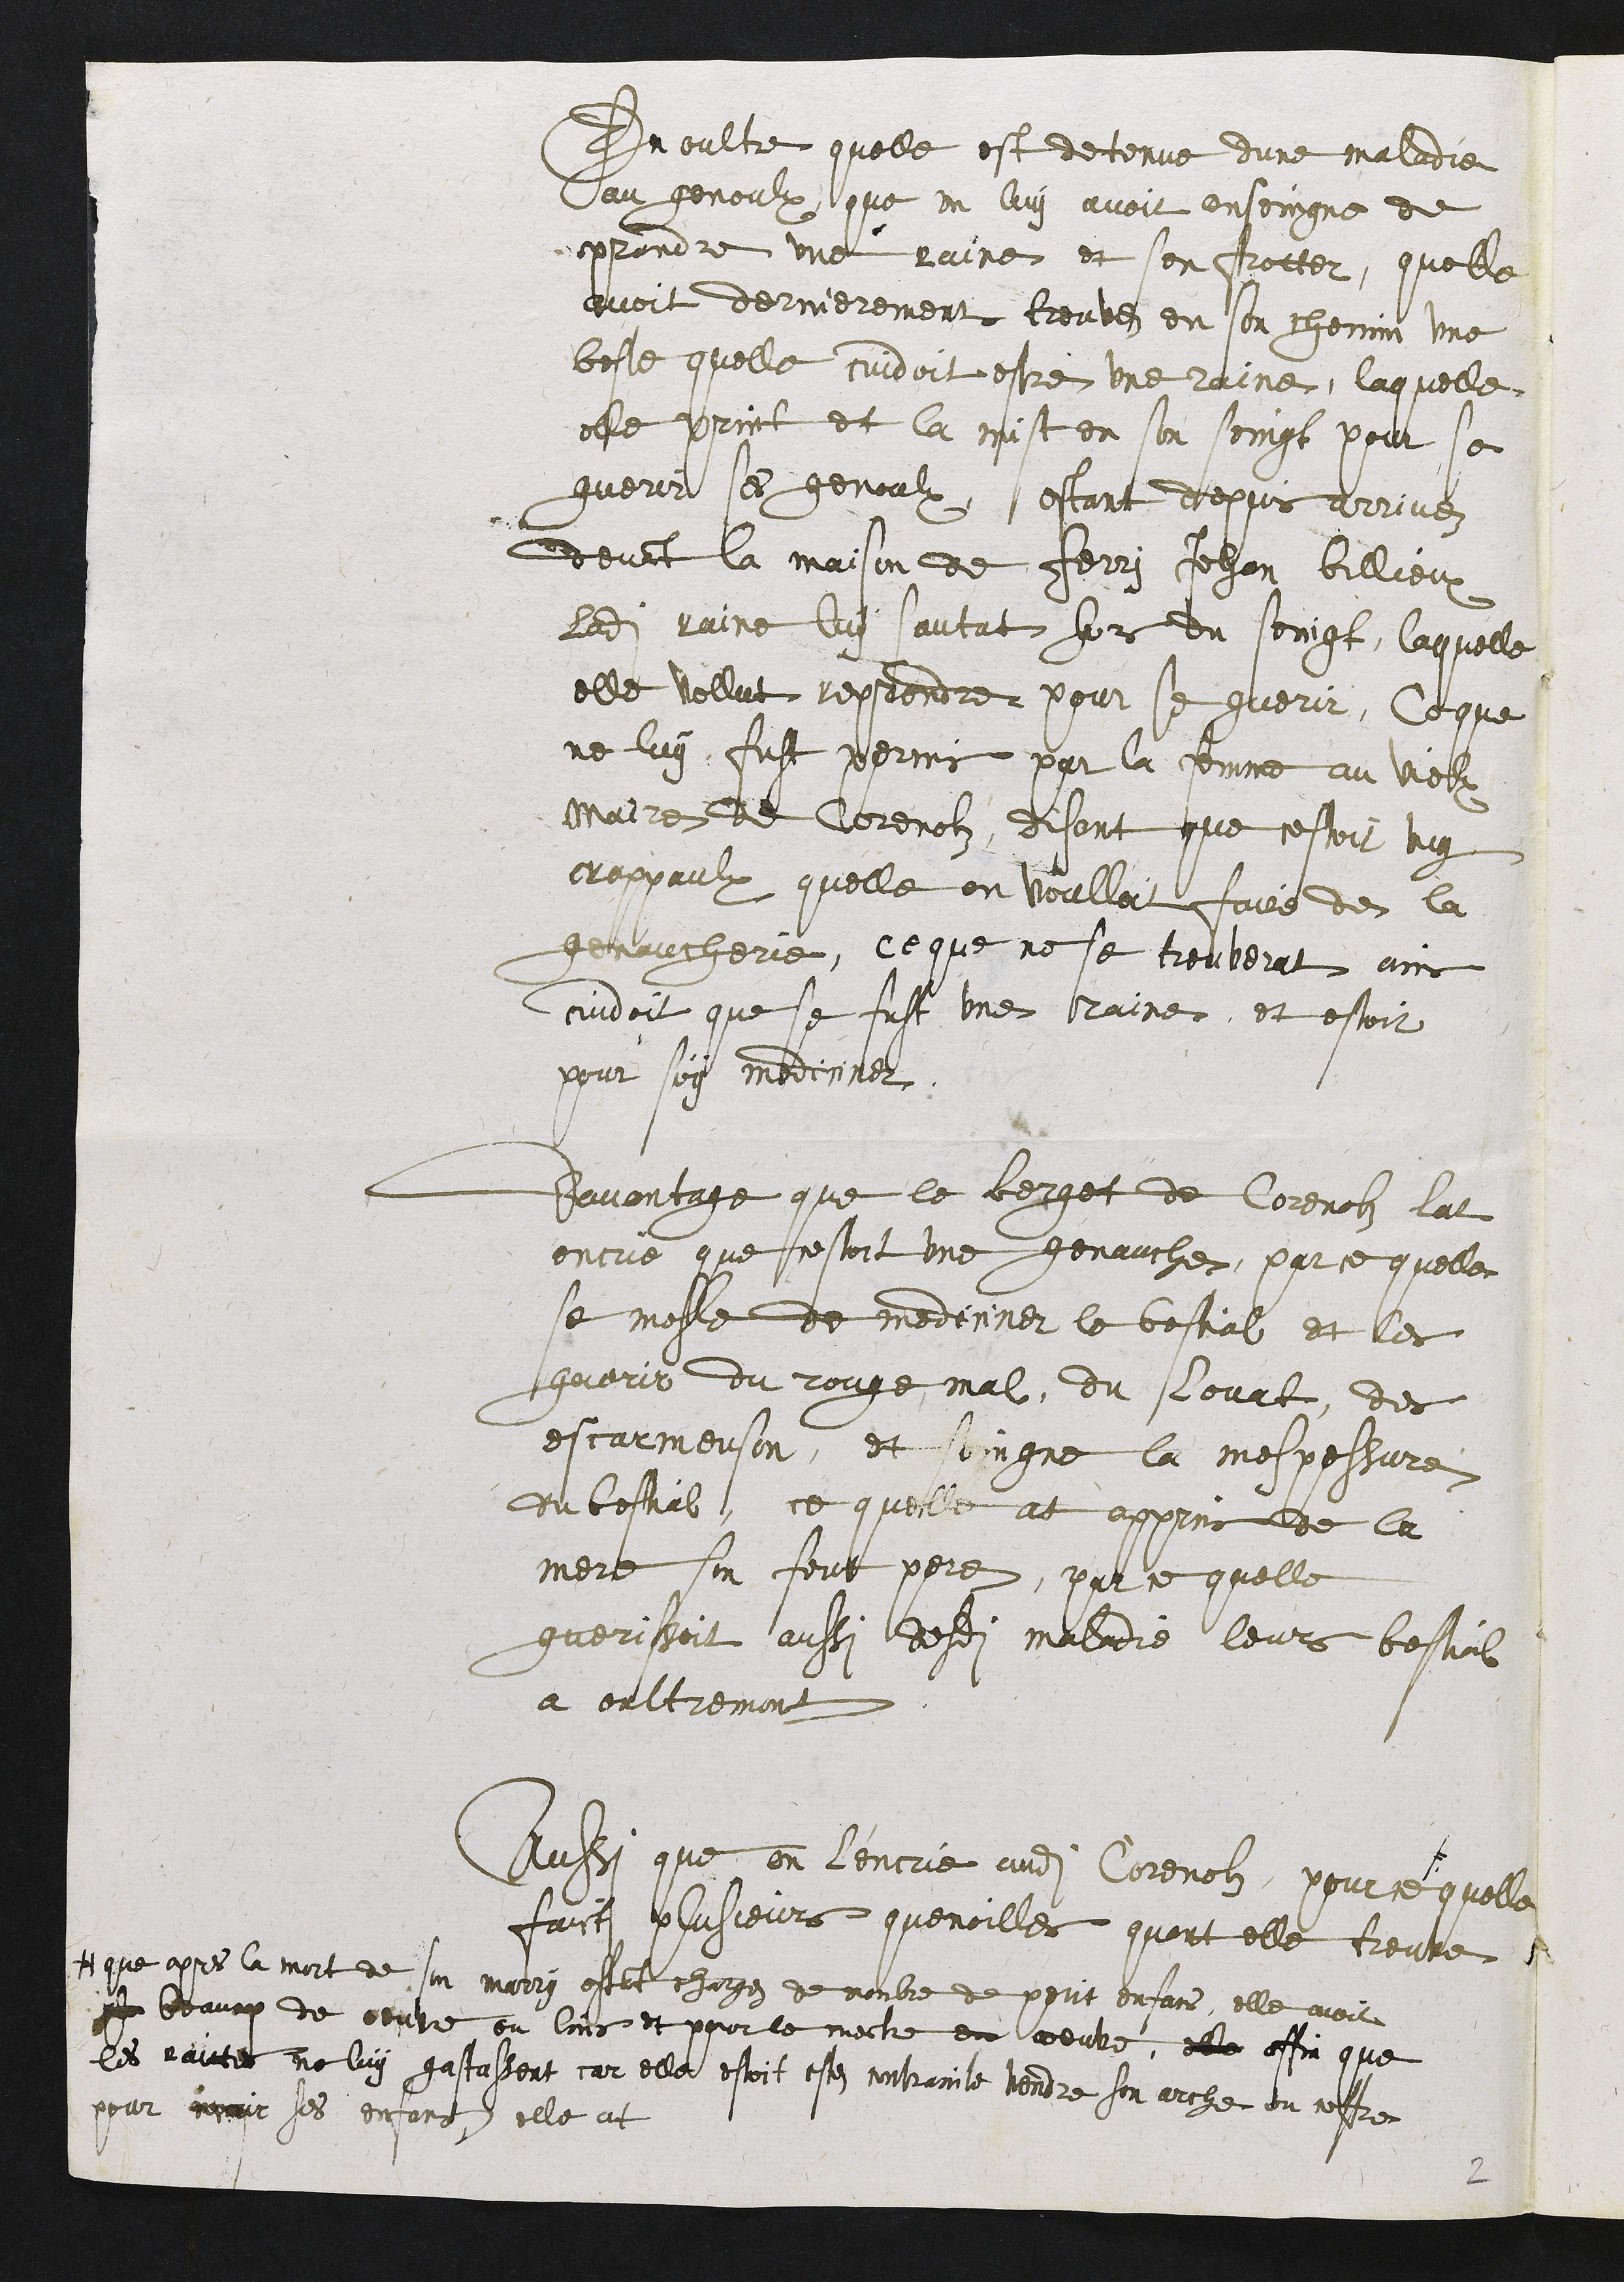
En oultre quelle est detenue dune maladie
Au genoulz que on luy avoit ensoingne de
prendre une raine et sen frotter, quelle
avoit dernierement trouvez en son chemin une
beste quelle [cui]doit estre une raine, laquelle
elle print et la mit en son seingt pour se
guerir ses genoulz estant depuis arrivez
deva[n]t la maison de Ferry Jehan Billioux
ladite raine luy sautat horz du seingt, laquelle
elle vollut reprendre pour se guerir, Ce que
ne luy fust permis par la femme au vielx
Maire de Corenolz, disant que cestoit ung
crappaulz quelle en voulloit faire de la
genaucherie, ce que ne se trouverat ains
cuidoit que se fust une raine et estoit
pour soy mediciner.
Davantage que le berget de Corenolz lat
encrie que cestoit une genauche, par ce quelle
se mesle de mediciner le bestial et les
guerir du rouge mal, du levat, des
escarmouson, et soigne la mespessure
du bestial, ce quelle at appris de la
mere son feut pere, par ce quelle
guerissoit aussi desdi[tes] maladie leurs bestial
a Oultremont.
Aussi que en l’encrie audit Corenolz pour ce #
# que apres la mort de son marry esta[n]t chargez de nombre de petit enfans, elle avoit
beau[cou]p de couche en lins et pour le mettre en oeuvre, elle affin que
les raistes  ne luy [gastassent] car elle estoit este contrainte vendre son arche au nostres
pour [nourrir] ses enfants, elle at
quelle
faict plusieurs quenoilles quant elle trouve